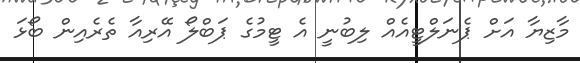
މާޒިޔާ އަށް ޕެނަލްޓީއެއް ލިބުނީ އެ ޓީމުގެ ޕަބްލޯ އޭރިއާ ތެރެއިން ބޯޅަ